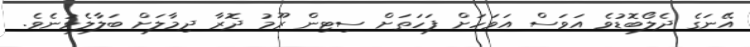
އޭނަގެ ދެލޯބޮޑުވެ އަވަސް އަވަހަށް ފަހަތަށް ސިޓިން ރޫމު ދޮރާ ދިމާލަށް ބަލާލެވުނެވެ.